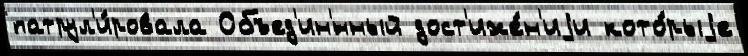
патрул'и́ровала Объед'ин'́нный дост'иже́н'иjи кото́рыjе